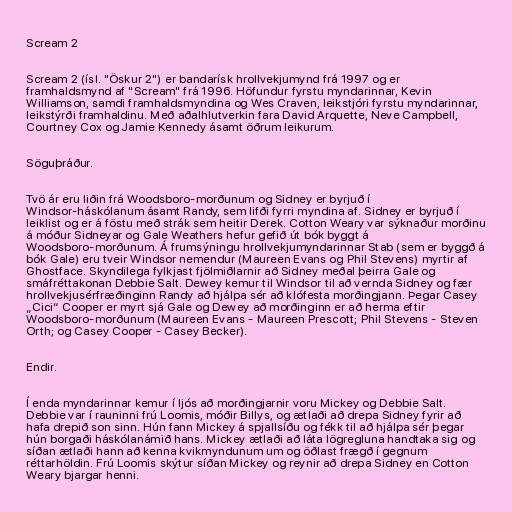
Scream 2

Scream 2 (ísl. "Öskur 2") er bandarísk hrollvekjumynd frá 1997 og er
framhaldsmynd af "Scream" frá 1996. Höfundur fyrstu myndarinnar, Kevin
Williamson, samdi framhaldsmyndina og Wes Craven, leikstjóri fyrstu myndarinnar,
leikstýrði framhaldinu. Með aðalhlutverkin fara David Arquette, Neve Campbell,
Courtney Cox og Jamie Kennedy ásamt öðrum leikurum.

Söguþráður.

Tvö ár eru liðin frá Woodsboro-morðunum og Sidney er byrjuð í
Windsor-háskólanum ásamt Randy, sem lifði fyrri myndina af. Sidney er byrjuð í
leiklist og er á föstu með strák sem heitir Derek. Cotton Weary var sýknaður morðinu
á móður Sidneyar og Gale Weathers hefur gefið út bók byggt á
Woodsboro-morðunum. Á frumsýningu hrollvekjumyndarinnar Stab (sem er byggð á
bók Gale) eru tveir Windsor nemendur (Maureen Evans og Phil Stevens) myrtir af
Ghostface. Skyndilega fylkjast fjölmiðlarnir að Sidney meðal þeirra Gale og
smáfréttakonan Debbie Salt. Dewey kemur til Windsor til að vernda Sidney og fær
hrollvekjusérfræðinginn Randy að hjálpa sér að klófesta morðingjann. Þegar Casey
„Cici“ Cooper er myrt sjá Gale og Dewey að morðinginn er að herma eftir
Woodsboro-morðunum (Maureen Evans - Maureen Prescott; Phil Stevens - Steven
Orth; og Casey Cooper - Casey Becker).

Endir.

Í enda myndarinnar kemur í ljós að morðingjarnir voru Mickey og Debbie Salt.
Debbie var í rauninni frú Loomis, móðir Billys, og ætlaði að drepa Sidney fyrir að
hafa drepið son sinn. Hún fann Mickey á spjallsíðu og fékk til að hjálpa sér þegar
hún borgaði háskólanámið hans. Mickey ætlaði að láta lögregluna handtaka sig og
síðan ætlaði hann að kenna kvikmyndunum um og öðlast frægð í gegnum
réttarhöldin. Frú Loomis skýtur síðan Mickey og reynir að drepa Sidney en Cotton
Weary bjargar henni.